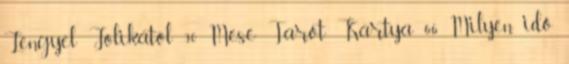
Lengyel Jolikától 30 Mese Tarot Kártya 66 Milyen idő